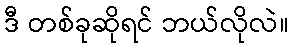
ဒီ တစ်ခုဆိုရင် ဘယ်လိုလဲ။